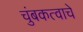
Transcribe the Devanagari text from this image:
चुंबकत्वाचे